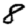
Digit: 8